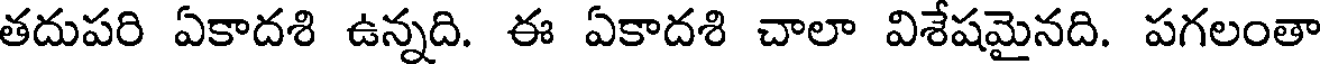
తదుపరి ఏకాదశి ఉన్నది. ఈ ఏకాదశి చాలా విశేషమైనది. పగలంతా